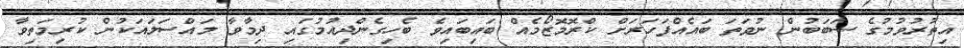
އިތުރުވުމުގެ ސަބަބުން ނުވަތަ ބައެއްފަހަރަށް ކްރޮމޮޒޯމެއް ބައިބައިވެ ބެހިގެންދިއުމުގައި ދިމާވާ މައްސަލައަކުން ކުރިމަތިވާ